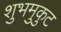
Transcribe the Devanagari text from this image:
शुभमुकुट